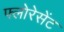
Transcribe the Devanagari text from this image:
फ्लोरेसेंट